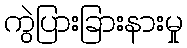
ကွဲပြားခြားနားမှု